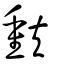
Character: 𫯳